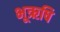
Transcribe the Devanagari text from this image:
भूऋषि